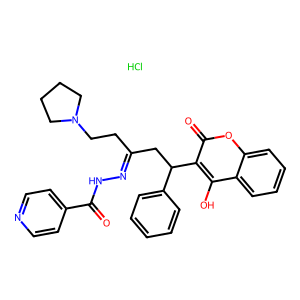
SMILES: Cl.O=C(NN=C(CCN1CCCC1)CC(c1ccccc1)c1c(O)c2ccccc2oc1=O)c1ccncc1
Inhibits HIV replication: No